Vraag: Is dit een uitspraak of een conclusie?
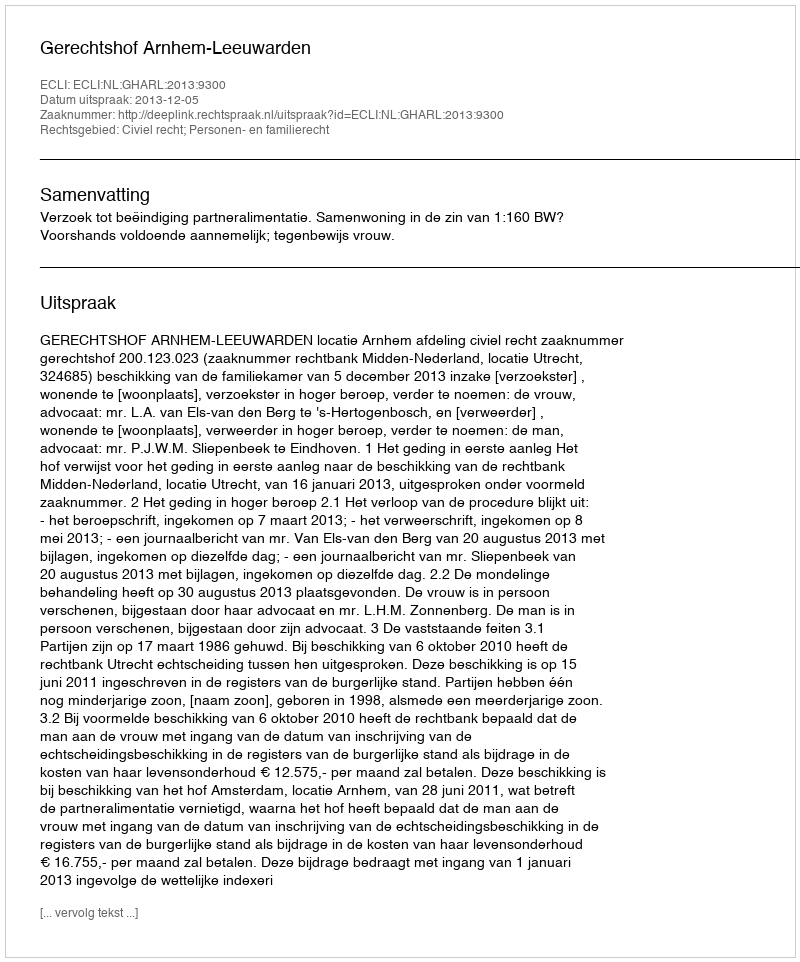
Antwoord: Uitspraak